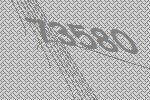
73580